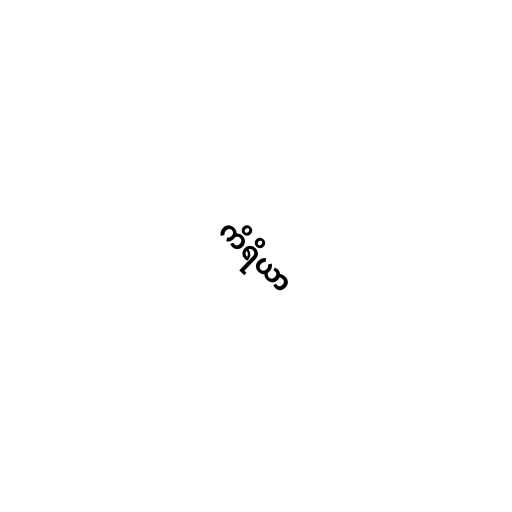
ကိရိယာ